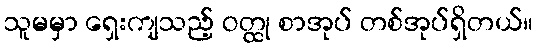
သူမမှာ ရှေးကျသည့် ဝတ္ထု စာအုပ် တစ်အုပ်ရှိတယ်။